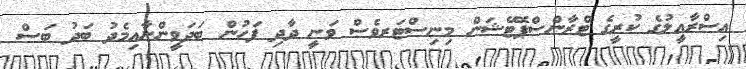
އިސްރާއީލުގެ ކުރީގެ ޓްރާންސްޕޮޓޭޝަން މިނިސްޓަރވެސް ވަނީ ދާދި ފަހުން ބަދަވީންނާއިމެދު ބަދު ބަސް